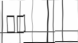
١٠